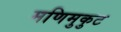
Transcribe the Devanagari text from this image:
मणिमुकुट